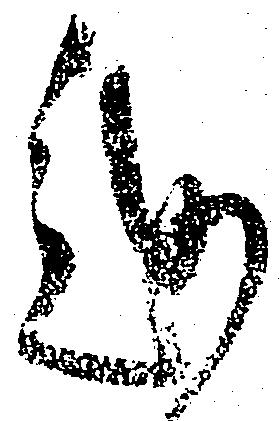
越